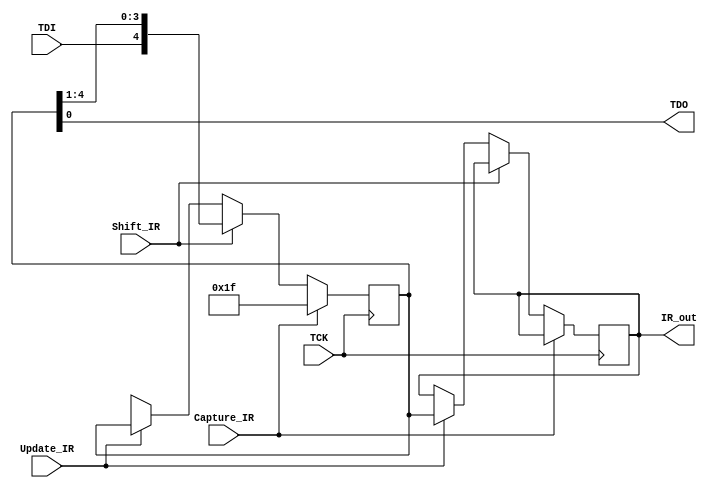
module Instruction_reg(input Capture_IR,
          input Shift_IR,
          input Update_IR,
          input TCK,
          input TDI,
          output [4:0]IR_out,
          output TDO);
  
  reg [4:0]Shift_reg,Update_reg;
  
  always@(posedge TCK)
    begin
      if(Capture_IR)
        begin
          Shift_reg <=5'b11111;
        end
      else if(Shift_IR)
        begin
          Shift_reg<={TDI,Shift_reg[4:1]};
        end
      else if(Update_IR)
        begin
          Update_reg<=Shift_reg;
        end
      else
        begin
          Shift_reg <=5'bxxx;
        end
      end
      
  assign TDO = Shift_reg[0];
      assign IR_out = Update_reg;
      
endmodule